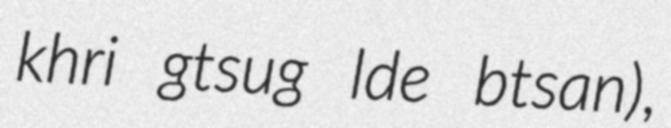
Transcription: khri gtsug lde btsan),